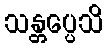
သန္တပ္ပေသိ